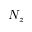
N _ { z }